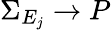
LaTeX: \Sigma_{E_{j}}\rightarrow P